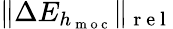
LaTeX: \| \Delta E_{h_{\mathrm{~m~o~c~}}}\| _{\mathrm{~r~e~l~}}